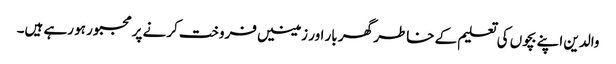
والدین اپنے بچوں کی تعلیم کے خاطر گھر بار اور زمینیں فروخت کرنے پر مجبور ہو رہے ہیں۔